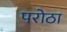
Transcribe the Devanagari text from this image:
परोठा